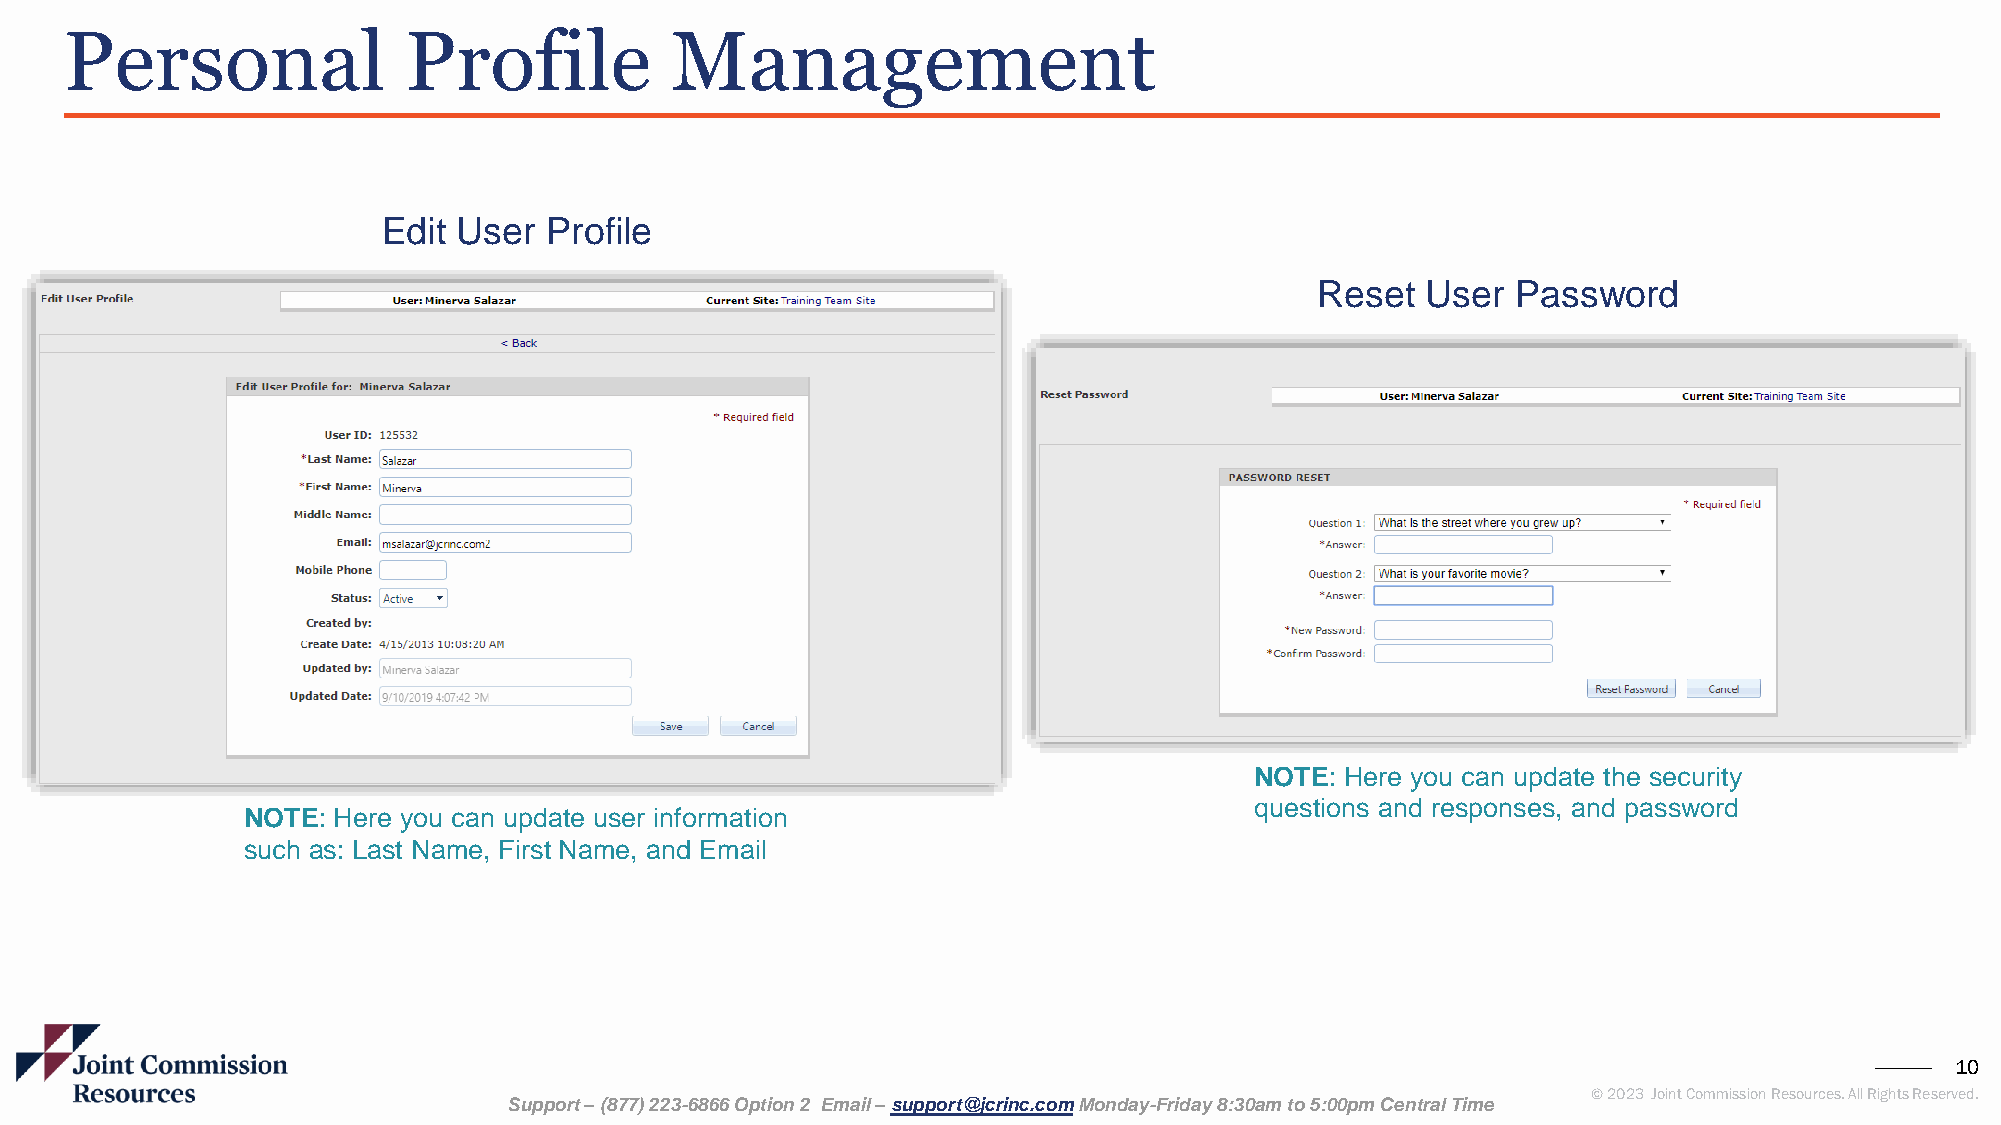
Personal               Profile          Management
 Edit User  Profile
 Reset  User  Password
 NOTE: Here you can update the security
 questions and responses, and password
 NOTE: Here you can update user information
 such as: Last Name, First Name, and Email
 10
 © 2023 Joint Commission Resources. All Rights Reserved.
 Support –(877) 223-6866 Option 2 Email –support@jcrinc.comMonday-Friday 8:30am to 5:00pm Central Time